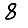
Digit: 8